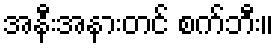
အနီးအနားတင် စက်ဘီး။